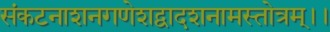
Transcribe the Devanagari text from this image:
संकटनाशनगणेशद्वादशनामस्तोत्रम्।।